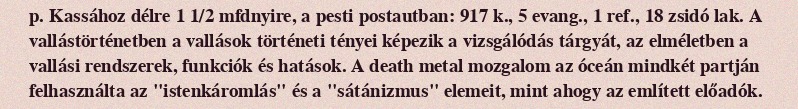
p. Kassához délre 1 1/2 mfdnyire, a pesti postautban: 917 k., 5 evang., 1 ref., 18 zsidó lak. A vallástörténetben a vallások történeti tényei képezik a vizsgálódás tárgyát, az elméletben a vallási rendszerek, funkciók és hatások. A death metal mozgalom az óceán mindkét partján felhasználta az "istenkáromlás" és a "sátánizmus" elemeit, mint ahogy az említett előadók.